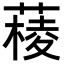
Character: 𦼊